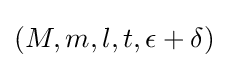
(M,m,l,t,\epsilon +\delta )